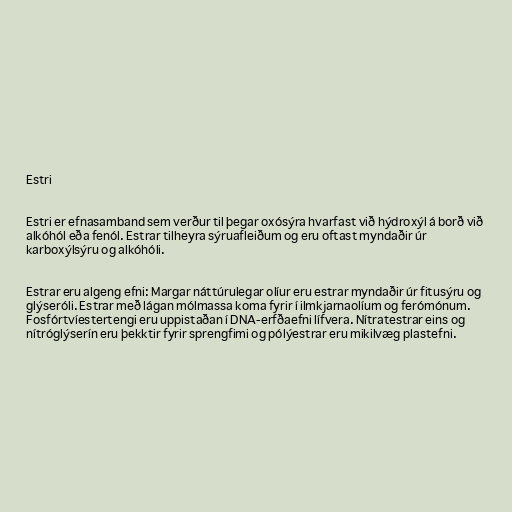
Estri

Estri er efnasamband sem verður til þegar oxósýra hvarfast við hýdroxýl á borð við
alkóhól eða fenól. Estrar tilheyra sýruafleiðum og eru oftast myndaðir úr
karboxýlsýru og alkóhóli.

Estrar eru algeng efni: Margar náttúrulegar olíur eru estrar myndaðir úr fitusýru og
glýseróli. Estrar með lágan mólmassa koma fyrir í ilmkjarnaolíum og ferómónum.
Fosfórtvíestertengi eru uppistaðan í DNA-erfðaefni lífvera. Nítratestrar eins og
nítróglýserín eru þekktir fyrir sprengfimi og pólýestrar eru mikilvæg plastefni.